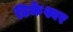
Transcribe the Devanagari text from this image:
टिकेश्वर